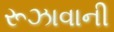
રૂઝાવાની